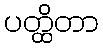
ပတ္ထိတာ